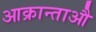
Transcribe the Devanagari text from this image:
आक्रान्ताऔ